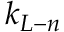
k _ { L - n }